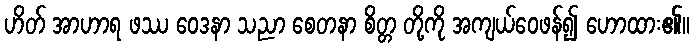
ဟိတ် အာဟာရ ဖဿ ဝေဒနာ သညာ စေတနာ စိတ္တ တို့ကို အကျယ်ဝေဖန်၍ ဟောထား၏။